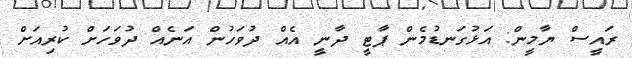
ރައީސް ޔާމީން: އަޅުގަނޑުމެން ޕާޓީ ދާނީ އެއް ދުވަހުން އަނެއް ދުވަހަށް ކުރިއަށް